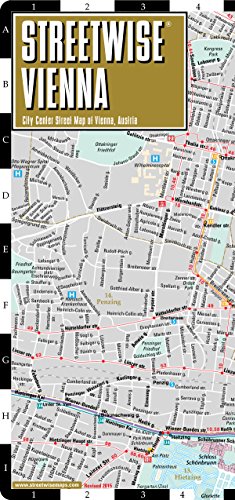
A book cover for Streetwise Vienna Map - Laminated City Center Street Map of Vienna, Austria; Streetwise Maps; Reference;